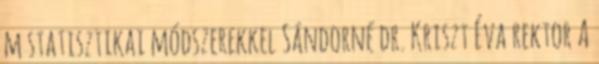
m statisztikai módszerekkel Sándorné dr. Kriszt Éva rektor A